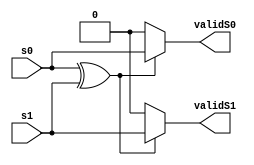
module switches(s0, s1, validS0, validS1);

//s0 = PIN_J6
//s1 = PIN_H5
input s0, s1;

output reg validS0, validS1;

always
begin
	if (s0 ^ s1 == 1)
	begin
		validS0 <= s0;
		validS1 <= s1;
	end

	else 
	begin
		validS0 <= 0;
		validS1 <= 0;
	end
end

endmodule